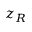
z _ { R }